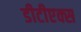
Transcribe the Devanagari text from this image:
डीटीएक्स